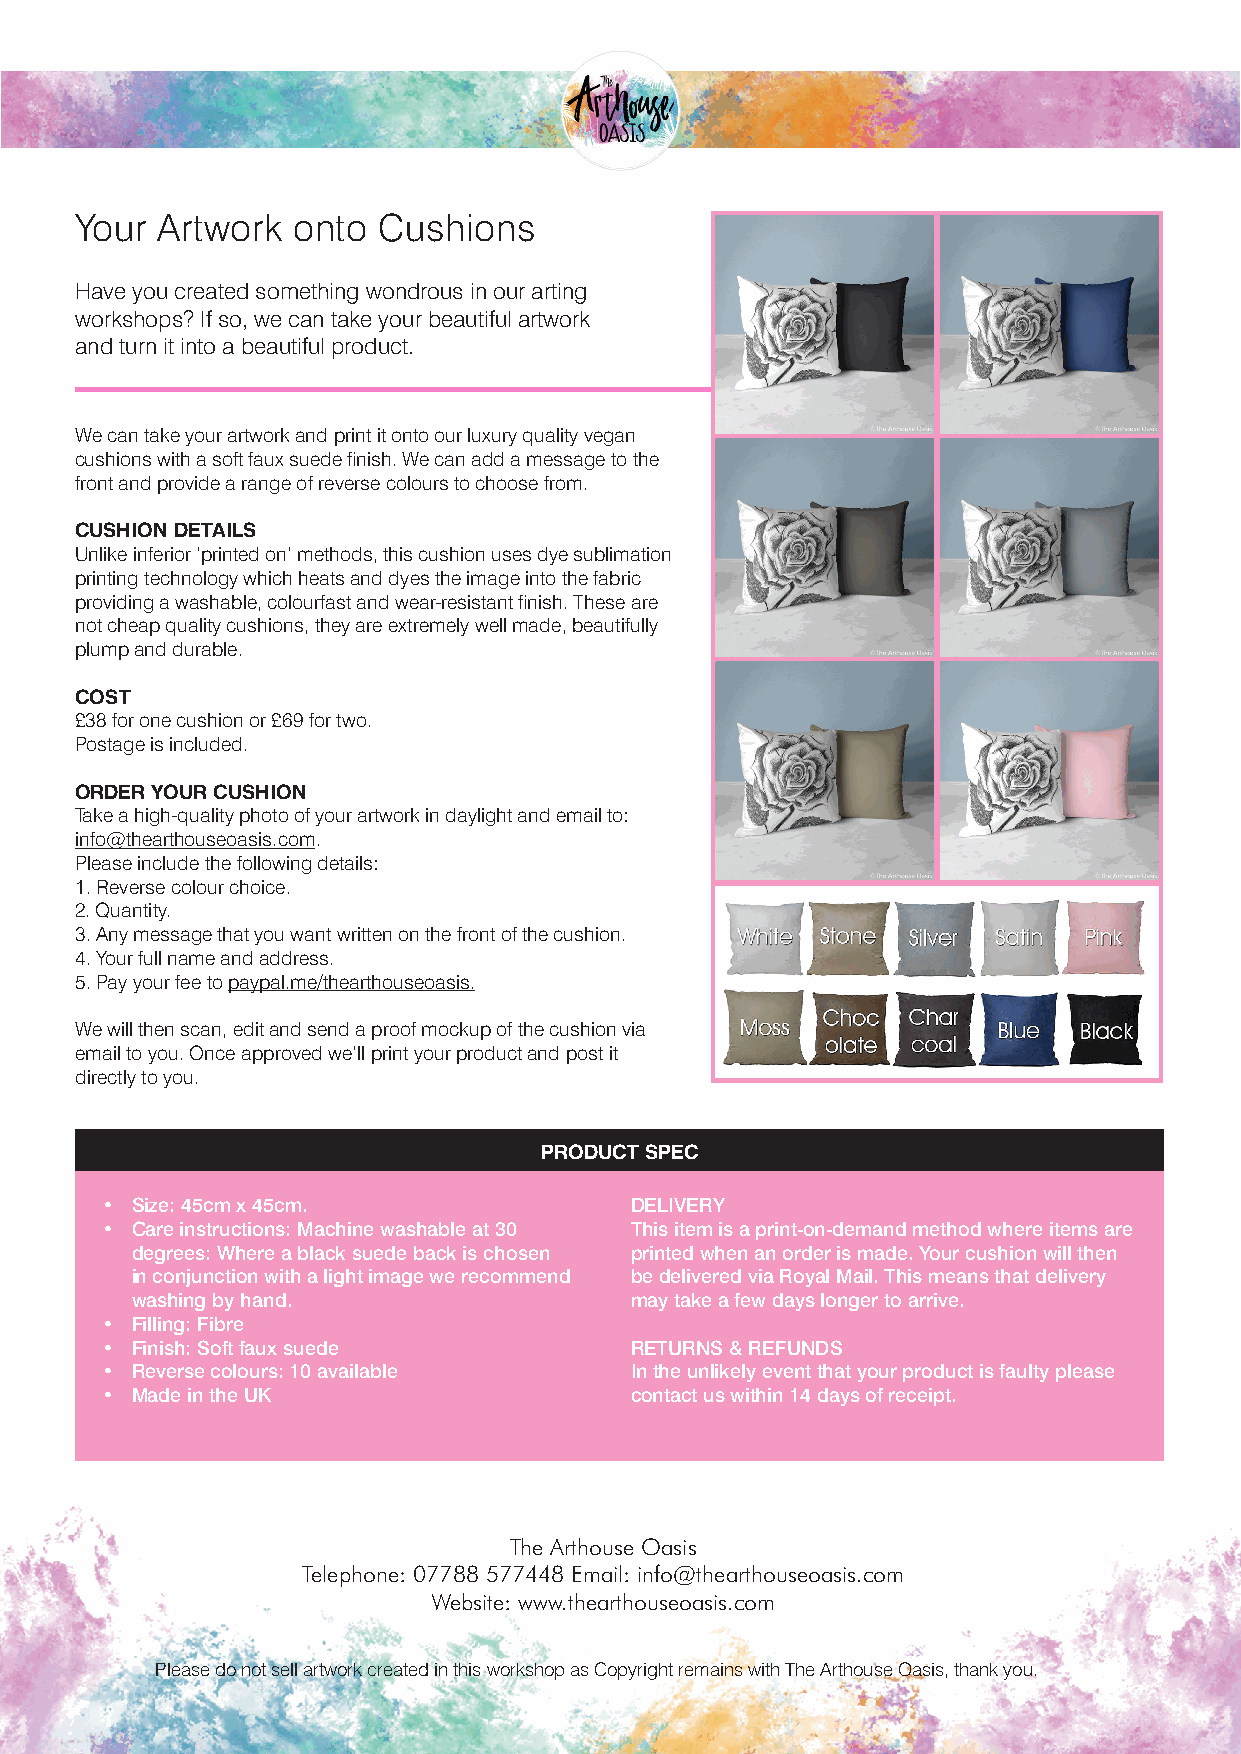
Your Artwork  onto  Cushions
 Have you created something wondrous in our arting
 workshops? If so, we can take your beautiful artwork
 and turn it into a beautiful product.
 We can take your artwork and print it onto our luxury quality vegan
 cushions with a soft faux suede finish. We can add a message to the
 front and provide a range of reverse colours to choose from.
 CUSHION DETAILS
 Unlike inferior ‘printed on’ methods, this cushion uses dye sublimation
 printing technology which heats and dyes the image into the fabric
 providing a washable, colourfast and wear-resistant finish. These are
 not cheap quality cushions, they are extremely well made, beautifully
 plump and durable.
 COST
 £38 for one cushion or £69 for two.
 Postage is included.
 ORDER YOUR CUSHION
 Take a high-quality photo of your artwork in daylight and email to:
 info@thearthouseoasis.com.
 Please include the following details:
 1. Reverse colour choice.
 2. Quantity.
 3. Any message that you want written on the front of the cushion.
 4. Your full name and address.
 5. Pay your fee to paypal.me/thearthouseoasis.
 We will then scan, edit and send a proof mockup of the cushion via
 email to you. Once approved we’ll print your product and post it
 directly to you.
 PRODUCT SPEC
 • Size: 45cm x 45cm.               DELIVERY
 • Care instructions: Machine washable at 30 This item is a print-on-demand method where items are
 degrees: Where a black suede back is chosen printed when an order is made. Your cushion will then
 in conjunction with a light image we recommend be delivered via Royal Mail. This means that delivery
 washing by hand.                 may take a few days longer to arrive.
 • Filling: Fibre
 • Finish: Soft faux suede          RETURNS & REFUNDS
 • Reverse colours: 10 available    In the unlikely event that your product is faulty please
 • Made in the UK                   contact us within 14 days of receipt.
 The Arthouse Oasis
 Telephone: 07788 577448 Email: info@thearthouseoasis.com
 Website: www.thearthouseoasis.com
 Please do not sell artwork created in this workshop as Copyright remains with The Arthouse Oasis, thank you.